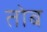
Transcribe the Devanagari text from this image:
तोब